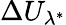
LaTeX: \Delta U_{\lambda^{*}}